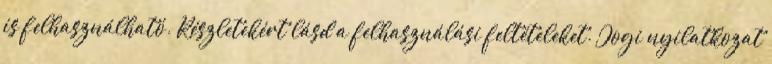
is felhasználható. Részletekért lásd a felhasználási feltételeket. Jogi nyilatkozat